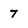
Character: 7